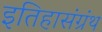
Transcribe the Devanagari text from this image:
इतिहासंग्रंथ